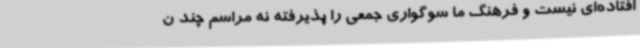
افتاده‌ای نیست و فرهنگ ما سوگواری جمعی را پذیرفته نه مراسم‌ چند ن